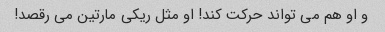
و او هم می تواند حرکت کند! او مثل ریکی مارتین می رقصد!